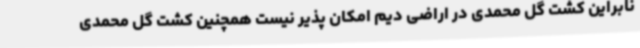
نابراین کشت گل محمدی در اراضی دیم امکان پذیر نیست همچنین کشت گل محمدی